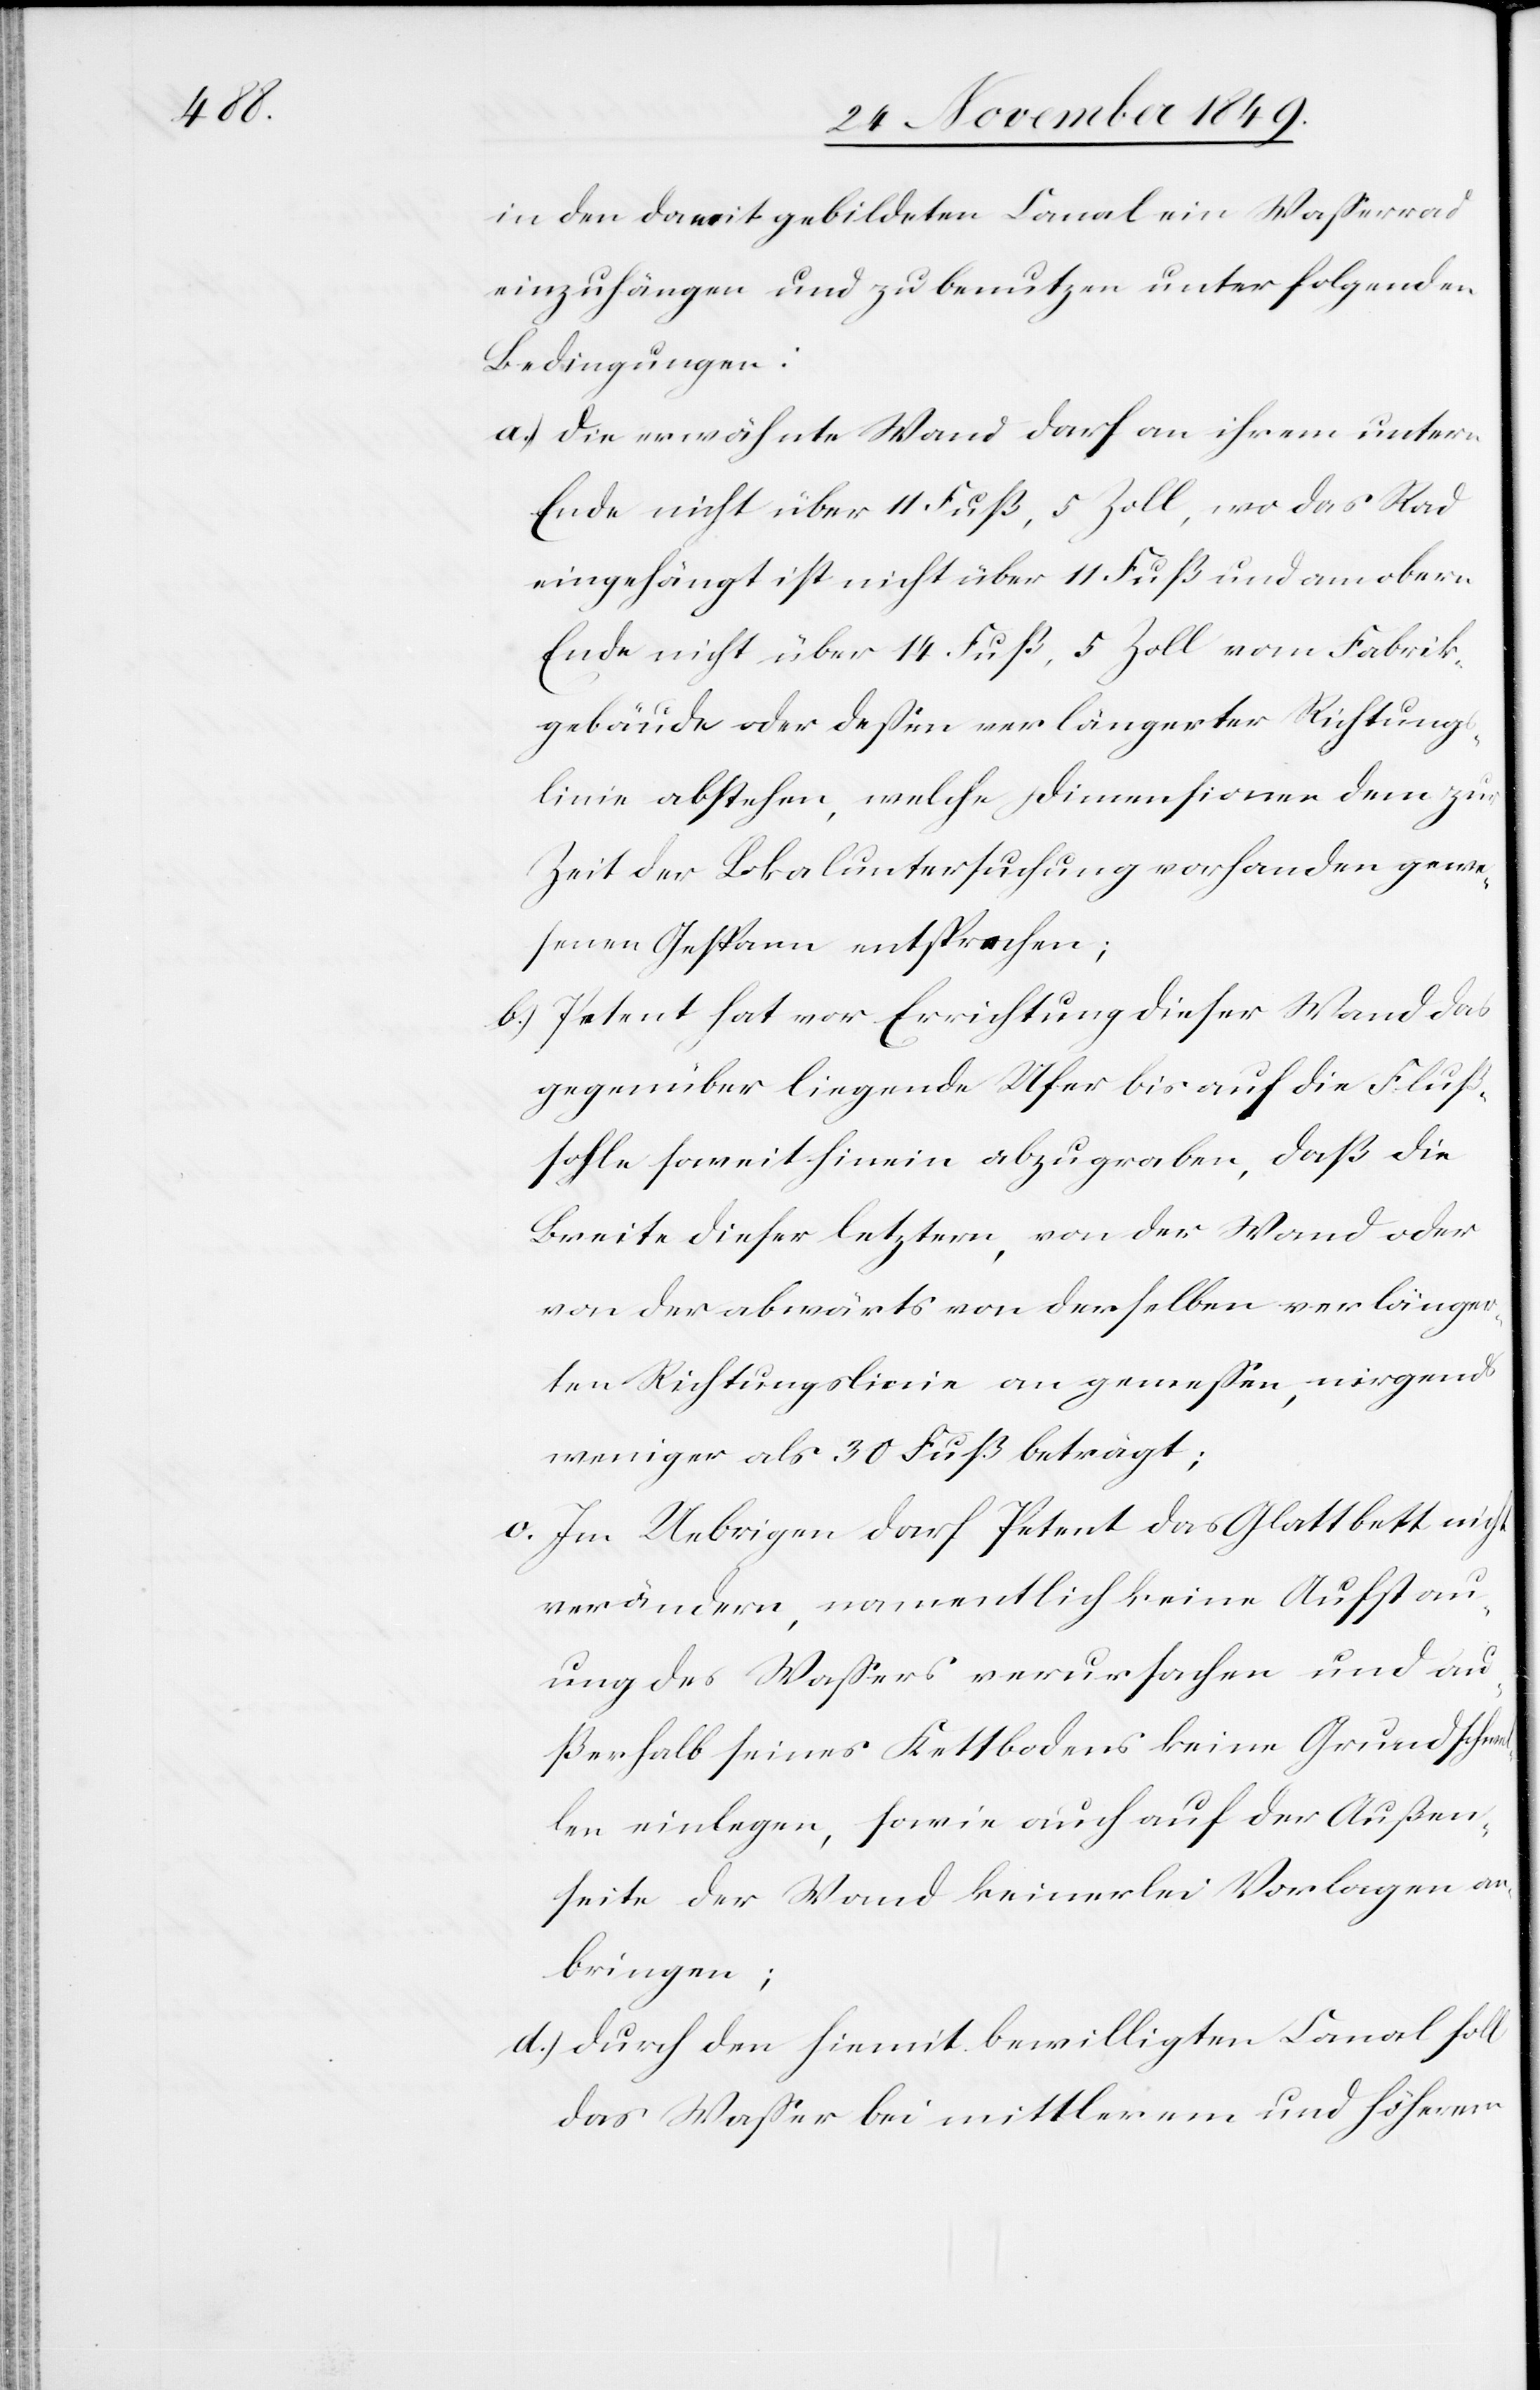
in den damit gebildeten Canal ein Waßerrad
einzuhängen und zu benutzen unter folgenden
Bedingungen:
a.) die erwähnte Wand darf an ihrem untern
Ende nicht über 11 Fuß, 5 Zoll, wo das Rad
eingehängt ist nicht über 11 Fuß und am obern
Ende nicht über 14 Fuß, 5 Zoll vom Fabrik¬
gebäude oder deßen verlängerter Richtungs¬
linie abstehen, welche Dimensionen dem zur
Zeit der Lokaluntersuchung vorhanden gewe¬
senen Gespann entsprechen;
b.) Petent hat vor Errichtung dieser Wand das
gegenüber liegende Ufer bis auf die Fluß¬
sohle soweit hinein abzugraben, daß die
Breite dieser letztern, von der Wand oder
von der abwärts von derselben verlänger¬
ten Richtungslinie an gemeßen, nirgends
weniger als 30 Fuß beträgt;
c. Im Uebrigen darf Petent das Glattbett nicht
verändern, namentlich keine Aufstau¬
ung des Waßers verursachen und au¬
ßerhalb seines Kettbodens keine Grundschwel¬
len einlegen, sowie auch auf der Außen¬
seite der Wand keinerlei Vorlagen an¬
bringen;
d.) durch den hiemit bewilligten Canal soll
das Waßer bei mittlerem und höherem